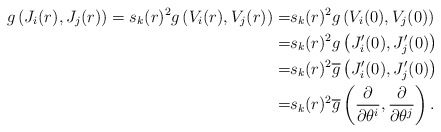
\begin{align*}g\left(J_i (r), J_j (r)\right)=s_k(r)^2 g\left(V_i(r), V_j(r)\right)=&s_k(r)^2 g\left(V_i(0), V_j(0)\right)\\=&s_k(r)^2 g\left(J_i'(0), J_j'(0)\right)\\=&s_k(r)^2 \overline g\left(J_i'(0), J_j'(0)\right)\\=&s_k(r)^2 \overline g\left(\frac{\partial }{\partial \theta^i}, \frac{\partial }{\partial \theta^j}\right).\end{align*}